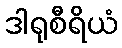
ဒါရုစီရိယံ